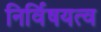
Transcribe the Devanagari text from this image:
निर्विषयत्व